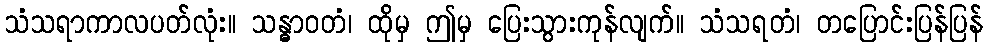
သံသရာကာလပတ်လုံး။ သန္ဓာဝတံ၊ ထိုမှ ဤမှ ပြေးသွားကုန်လျက်။ သံသရတံ၊ တပြောင်းပြန်ပြန်